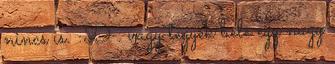
nincs is. :D . vagy tegyek bele egy nagy